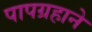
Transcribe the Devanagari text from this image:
पापग्रहाने